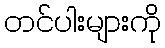
တင်ပါးများကို